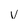
Character: v